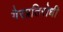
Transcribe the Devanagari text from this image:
गैरप्रतिरोधी